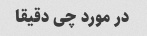
در مورد چی دقیقا